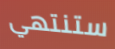
ستنتهي